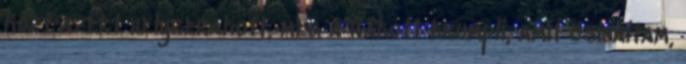
közt azért helyrerakott, meg a rakott krumpli, amit csináltam,